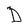
Character: D